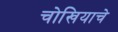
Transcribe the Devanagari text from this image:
चोखियाचे